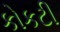
કોકટી